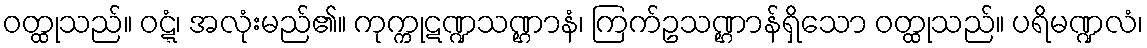
ဝတ္ထုသည်။ ဝဋ္ဋံ၊ အလုံးမည်၏။ ကုက္ကုဋဏ္ဍသဏ္ဌာနံ၊ ကြက်ဥသဏ္ဌာန်ရှိသော ဝတ္ထုသည်။ ပရိမဏ္ဍလံ၊